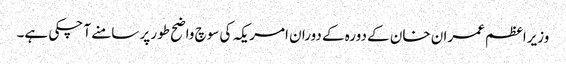
وزیراعظم عمران خان کے دورہ کے دوران امریکہ کی سوچ واضح طور پر سامنے آ چکی ہے۔